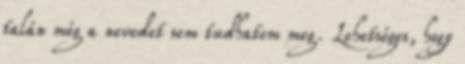
talán még a nevedet sem tudhatom meg. Lehetséges, hogy